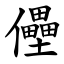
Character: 㒦